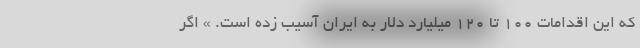
که این اقدامات 100 تا 120 میلیارد دلار به ایران آسیب زده است. » اگر